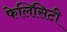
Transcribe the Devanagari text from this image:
फेलिसिटी